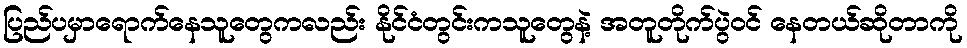
ပြည်ပမှာရောက်နေသူတွေကလည်း နိုင်ငံတွင်းကသူတွေနဲ့ အတူတိုက်ပွဲဝင် နေတယ်ဆိုတာကို